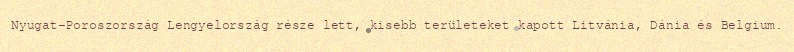
Nyugat-Poroszország Lengyelország része lett, kisebb területeket kapott Litvánia, Dánia és Belgium.